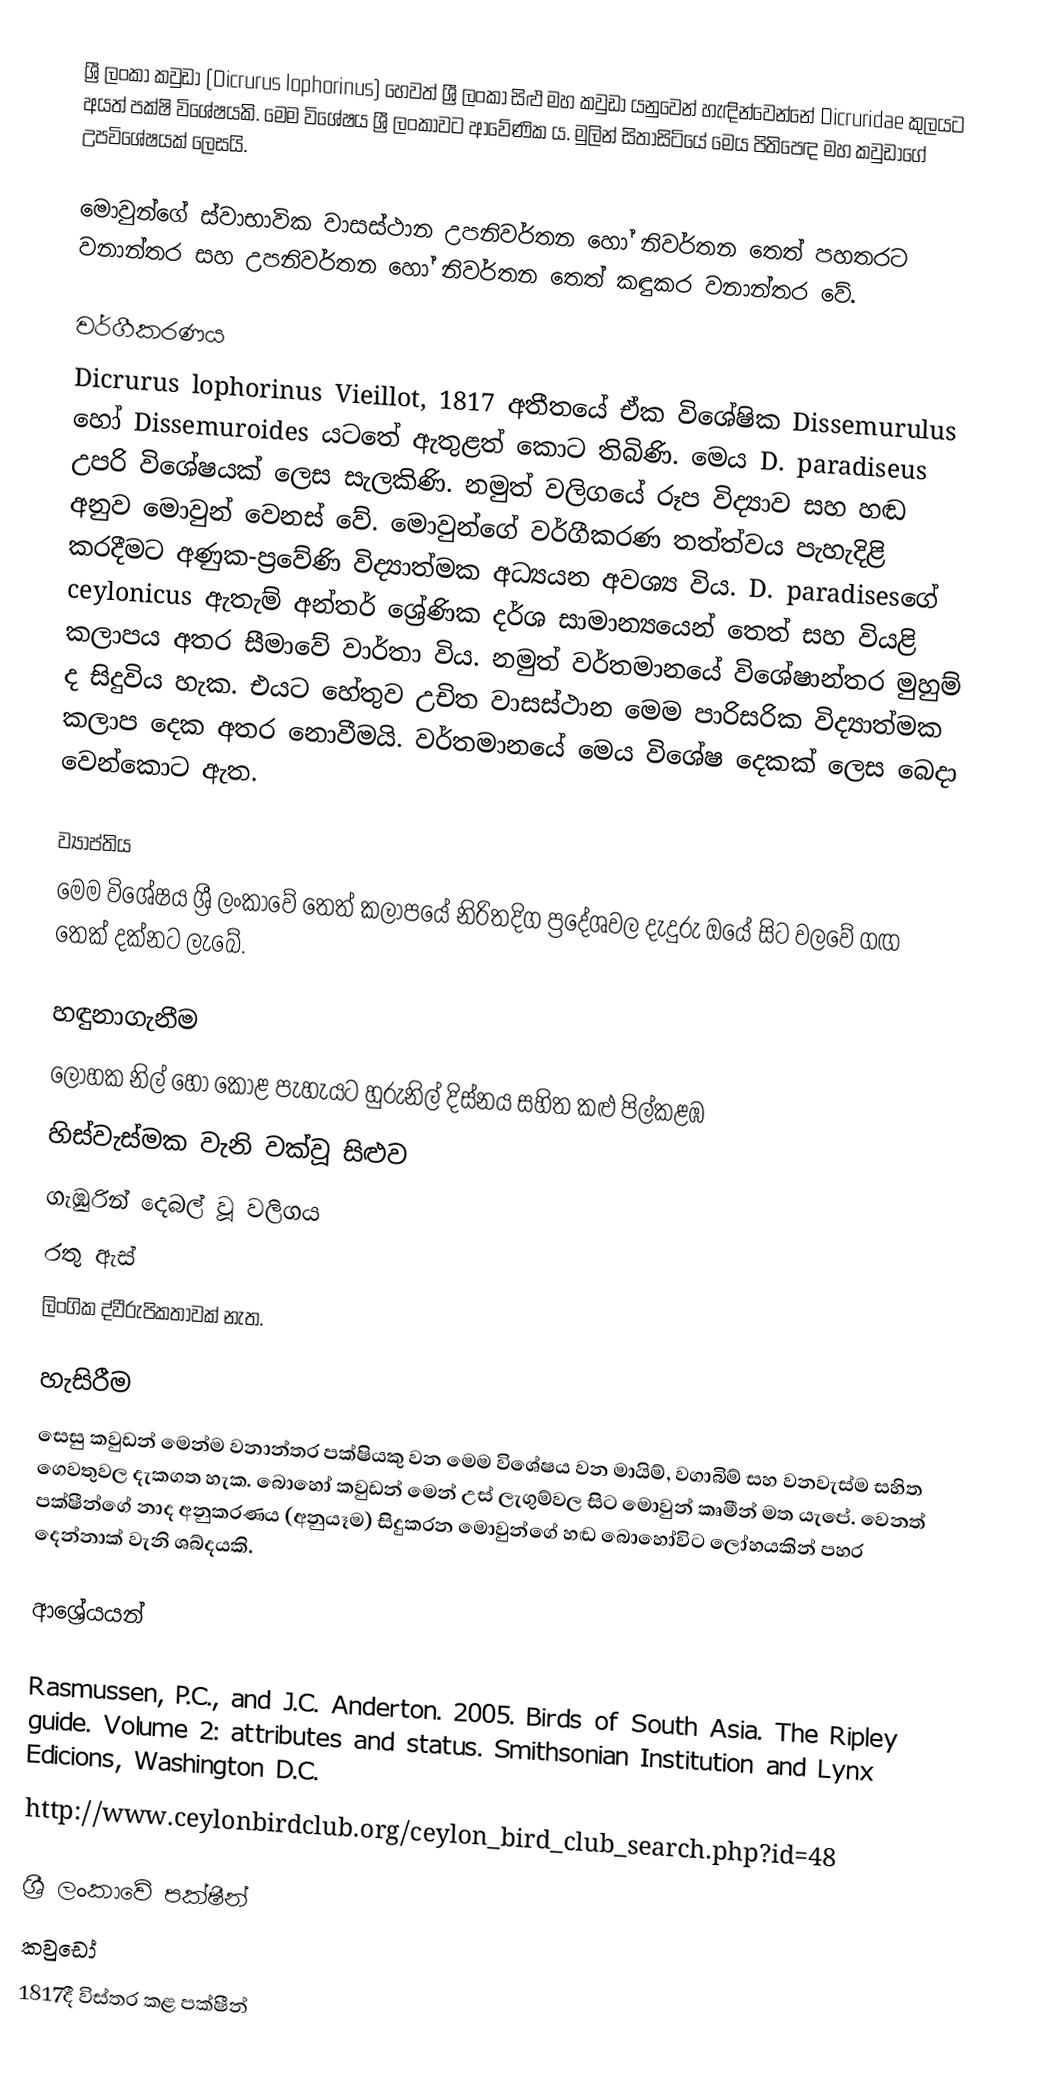
ශ්‍රී ලංකා කවුඩා (Dicrurus lophorinus) හෙවත් ශ්‍රී ලංකා සිළු මහ කවුඩා යනුවෙන් හැඳින්වෙන්නේ Dicruridae කුලයට අයත් පක්ෂි විශේෂයකි. මෙම විශේෂය ශ්‍රී ලංකාවට ආවේණික ය. මුලින් සිතාසිටියේ මෙය පිතිපෙඳ මහ කවුඩාගේ උපවිශේෂයක් ලෙසයි.

මොවුන්ගේ ස්වාභාවික වාසස්ථාන උපනිවර්තන හෝ නිවර්තන තෙත් පහතරට වනාන්තර සහ උපනිවර්තන හෝ නිවර්තන තෙත් කඳුකර වනාන්තර වේ.

වර්ගීකරණය
Dicrurus lophorinus Vieillot, 1817 අතීතයේ ඒක විශේෂික Dissemurulus හෝ Dissemuroides යටතේ ඇතුළත් කොට තිබිණි. මෙය D. paradiseus උපරි විශේෂයක් ලෙස සැලකිණි. නමුත් වලිගයේ රූප විද්‍යාව සහ හඬ අනුව මොවුන් වෙනස් වේ. මොවුන්ගේ වර්ගීකරණ තත්ත්වය පැහැදිළි කරදීමට අණුක-ප්‍රවේණි විද්‍යාත්මක අධ්‍යයන අවශ්‍ය විය. D. paradisesගේ ceylonicus ඇතැම් අන්තර් ශ්‍රේණික දර්ශ සාමාන්‍යයෙන් තෙත් සහ වියළි කලාපය අතර සීමාවේ වාර්තා විය. නමුත් වර්තමානයේ විශේෂාන්තර මුහුම් ද සිදුවිය හැක. එයට හේතුව උචිත වාසස්ථාන මෙම පාරිසරික විද්‍යාත්මක කලාප දෙක අතර නොවීමයි. වර්තමානයේ මෙය විශේෂ දෙකක් ලෙස බෙදා වෙන්කොට ඇත.

ව්‍යාප්තිය
මෙම විශේෂය ශ්‍රී ලංකාවේ තෙත් කලාපයේ නිරිතදිග ප්‍රදේශවල දැදුරු ඔයේ සිට වලවේ ගඟ තෙක් දක්නට ලැබේ.

හඳුනාගැනීම
 ලෝහක නිල් හෝ කොළ පැහැයට හුරුනිල් දිස්නය සහිත කළු පිල්කළඹ
 හිස්වැස්මක වැනි වක්වූ සිළුව
 ගැඹුරින් දෙබල් වූ වලිගය
 රතු ඇස්
 ලිංගික ද්වීරුපිකතාවක් නැත.

හැසිරීම
සෙසු කවුඩන් මෙන්ම වනාන්තර පක්ෂියකු වන මෙම විශේෂය වන මායිම්, වගාබිම් සහ වනවැස්ම සහිත ගෙවතුවල දැකගත හැක. බොහෝ කවුඩන් මෙන් උස් ලැගුම්වල සිට මොවුන් කෘමීන් මත යැපේ. වෙනත් පක්ෂීන්ගේ නාද අනුකරණය (අනුයෑම) සිදුකරන මොවුන්ගේ හඬ ‍බොහෝවිට ලෝහයකින් පහර දෙන්නාක් වැනි ශබ්දයකි.

ආශ්‍රේයයන්

Rasmussen, P.C., and J.C. Anderton. 2005. Birds of South Asia. The Ripley guide. Volume 2: attributes and status. Smithsonian Institution and Lynx Edicions, Washington D.C.
 http://www.ceylonbirdclub.org/ceylon_bird_club_search.php?id=48

ශ්‍රී ලංකාවේ පක්ෂීන්
කවුඩෝ
1817දී විස්තර කළ පක්ෂීන්